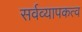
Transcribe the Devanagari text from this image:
सर्वव्यापकत्व